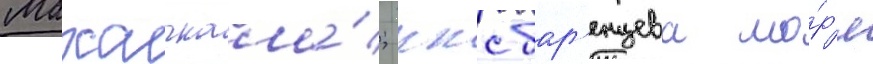
Махачкала́; ккс бар'енцева мо́р'я